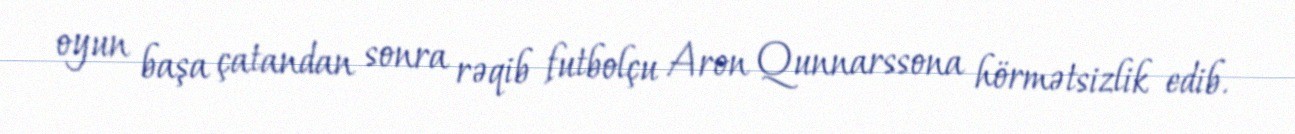
oyun başa çatandan sonra rəqib futbolçu Aron Qunnarssona hörmətsizlik edib.